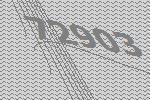
72903